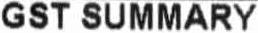
GST SUMMARY